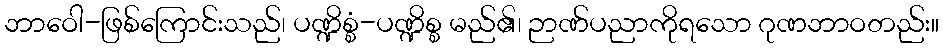
ဘာဝေါ-ဖြစ်ကြောင်းသည်၊ ပဏ္ဍိစ္စံ-ပဏ္ဍိစ္စ မည်၏၊ ဉာဏ်ပညာကိုရသော ဂုဏဘာဝတည်း။